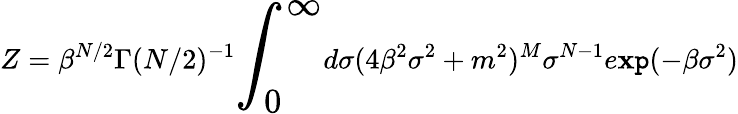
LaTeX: Z=\beta^{N/2}\Gamma(N/2)^{-1}{\LARGE\int_{0}^{\infty}}d\sigma(4\beta^{2}\sigma^{2}+m^{2})^{M}\sigma^{N-1}e\mathbf{x}\mathtt{p}(-\beta\sigma^{2})